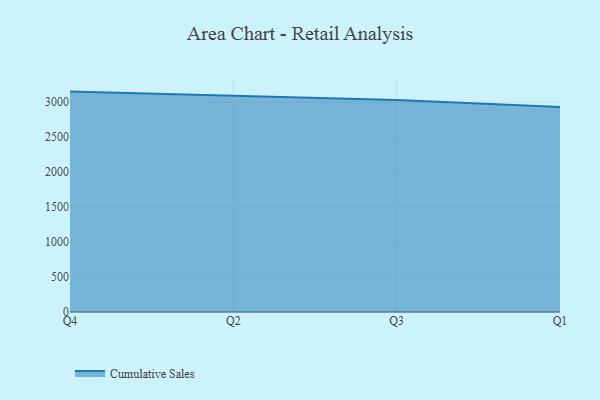
{"axis": {"x": "Quarter", "y": "Churn Rate (%)"}, "legend": ["Cumulative Sales"], "data": [{"x": "Q4", "y": 3152.5, "type": "Cumulative Sales"}, {"x": "Q2", "y": 3097.0, "type": "Cumulative Sales"}, {"x": "Q3", "y": 3033.5, "type": "Cumulative Sales"}, {"x": "Q1", "y": 2931.6, "type": "Cumulative Sales"}]}